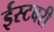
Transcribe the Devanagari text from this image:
ईस्टबरी